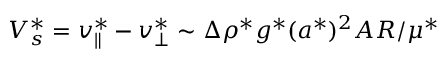
V _ { s } ^ { * } = v _ { \parallel } ^ { * } - v _ { \bot } ^ { * } \sim { \Delta \rho ^ { * } g ^ { * } ( a ^ { * } ) ^ { 2 } A R } / { \mu ^ { * } }